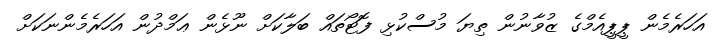
އަހަރެމެން ޕީޕީއެމްގެ ޒުވާނުން ތިޔަ މުސްކުޅި ފޮޓޯތައް ބަލާކަށް ނޫޅެން ޢަމްދުން އަހަރެމެންނަކަށް